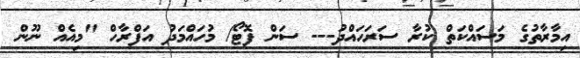
އިމާރާތުގެ މަސައްކަތް ކުރާ ސަރަހައްދު--- ސަން ފޮޓޯ/ މުހައްމަދު އަފްރާހް "މިއެއް ނޫން